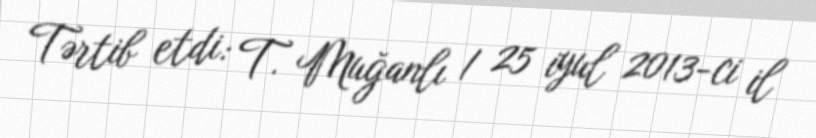
Tərtib etdi: T. Muğanlı / 25 iyul 2013-ci il